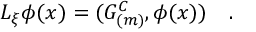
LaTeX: { \cal L } _ { \xi } \phi ( x ) = ( { \cal G } _ { ( m ) } ^ { C } , \phi ( x ) ) ~ ~ ~ .